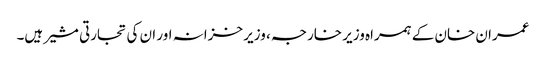
عمران خان کے ہمراہ وزیر خارجہ ، وزیر خزانہ اور ان کی تجارتی مشیر ہیں۔